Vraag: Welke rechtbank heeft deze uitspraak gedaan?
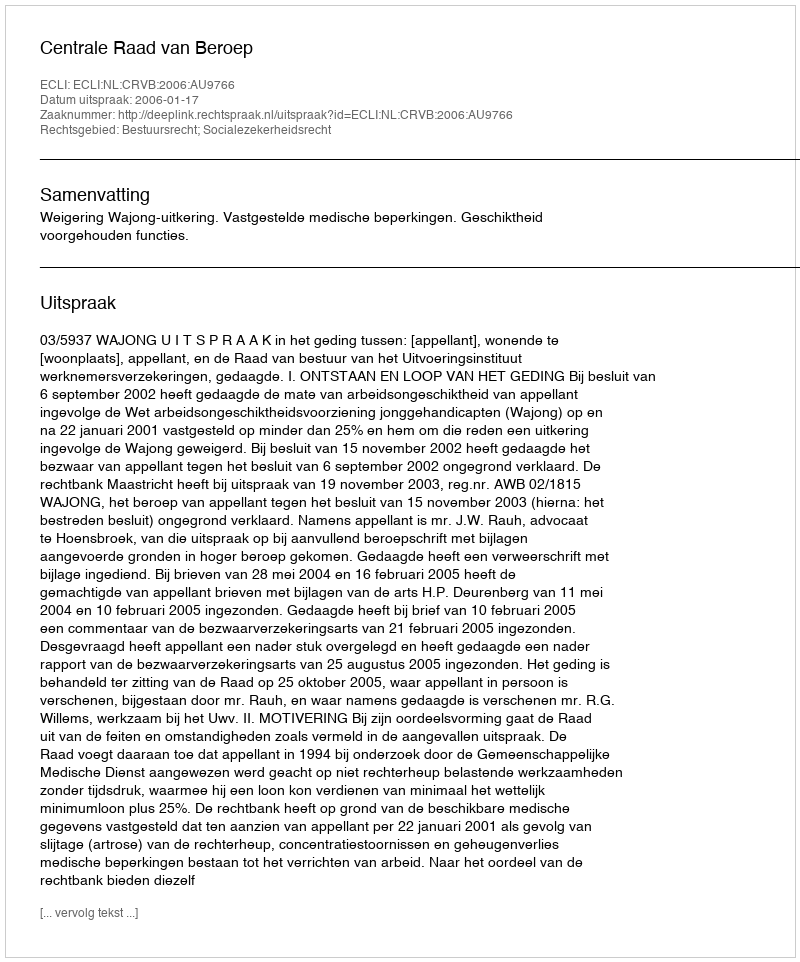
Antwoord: Centrale Raad van Beroep